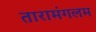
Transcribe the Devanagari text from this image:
तारामंगलम